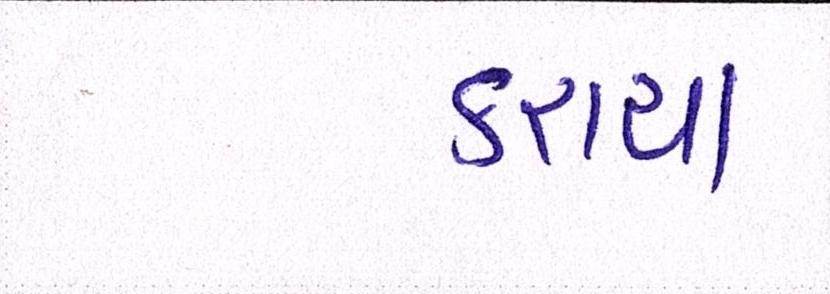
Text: કરાયા